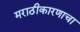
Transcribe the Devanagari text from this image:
मराठीकारणाचा